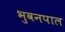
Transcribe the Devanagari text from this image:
भुवनपाल